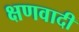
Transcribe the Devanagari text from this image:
क्षणवादी